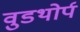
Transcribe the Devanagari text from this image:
वुडथोर्प